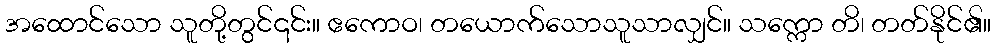
အထောင်သော သူတို့တွင်၎င်း။ ဧကောဝ၊ တယောက်သောသူသာလျှင်။ သက္ကော တိ၊ တတ်နိုင်၏။